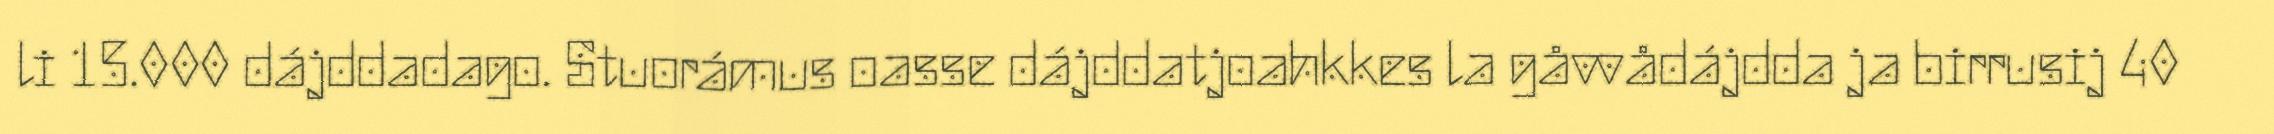
li 15.000 dájddadago. Stuorámus oasse dájddatjoahkkes la gåvvådájdda ja birrusij 40